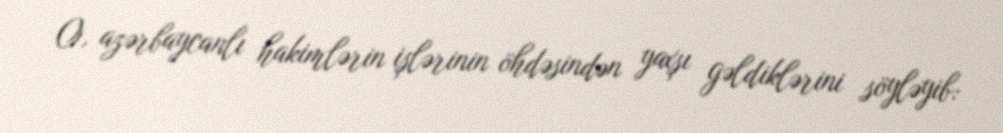
O, azərbaycanlı hakimlərin işlərinin öhdəsindən yaxşı gəldiklərini söyləyib: